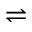
\rightleftharpoons